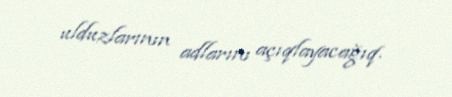
ulduzlarının adlarını açıqlayacağıq.